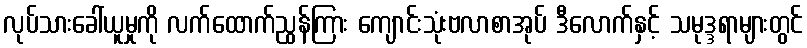
လုပ်သားခေါ်ယူမှုကို လက်ထောက်ညွန်ကြား ကျောင်းသုံးဗလာစာအုပ် ဒီလောက်နှင့် သမုဒ္ဒရာများတွင်